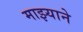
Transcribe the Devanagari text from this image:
माझ्याने